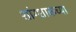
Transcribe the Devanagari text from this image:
शांग्शाकच्या